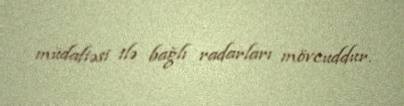
müdafiəsi ilə bağlı radarları mövcuddur.